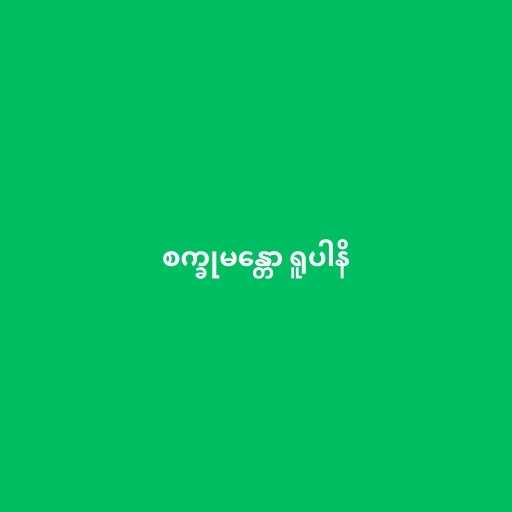
စက္ခုမန္တော ရူပါနိ